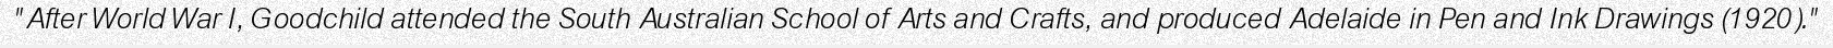
"After World War I, Goodchild attended the South Australian School of Arts and Crafts, and produced Adelaide in Pen and Ink Drawings (1920)."